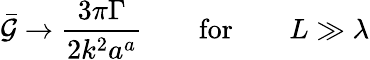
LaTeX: {\cal\bar{G}}\to\frac{3\pi\Gamma}{2k^{2}a^{a}}\qquad\mathrm{for}\qquad L\gg\lambda